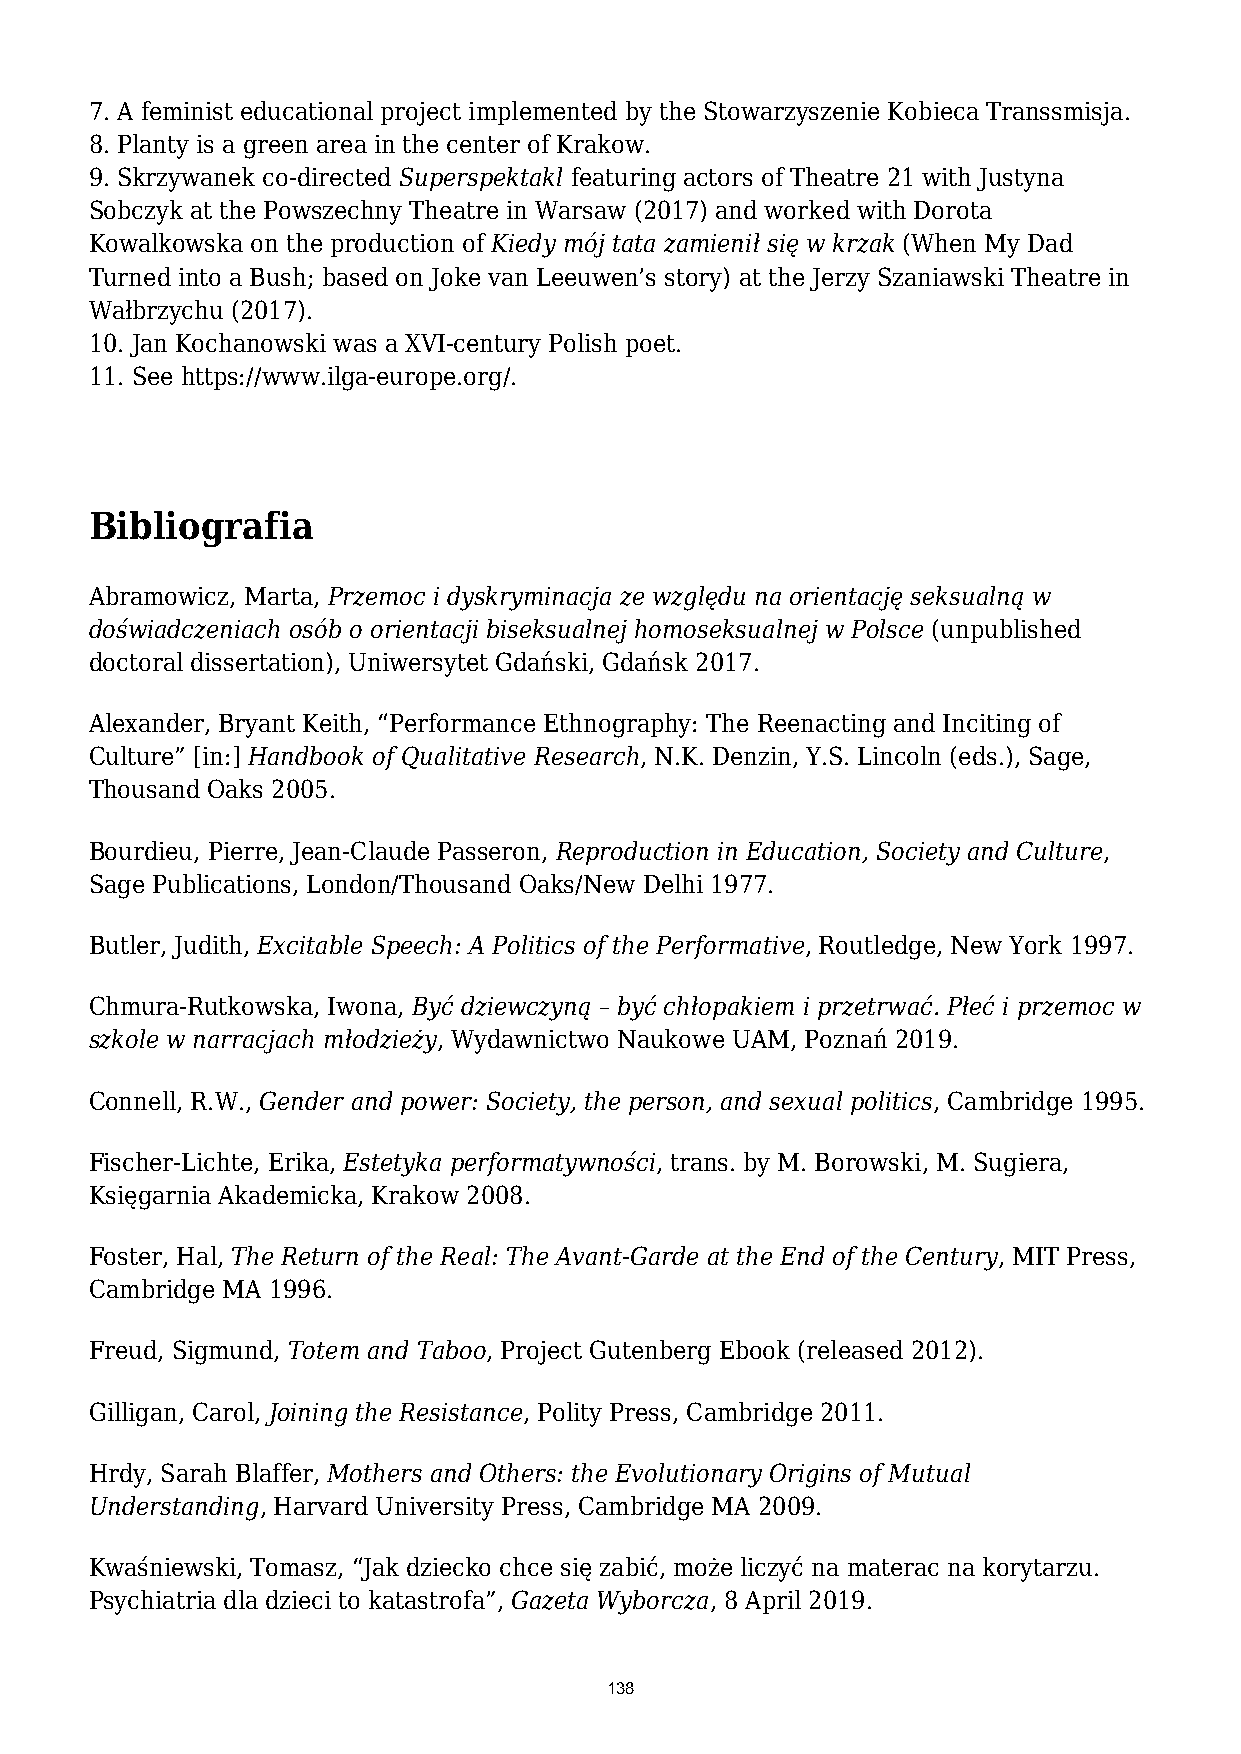
7. A feminist educational project implemented by the Stowarzyszenie Kobieca Transsmisja.
 8. Planty is a green area in the center of Krakow.
 9. Skrzywanek co-directed Superspektakl featuring actors of Theatre 21 with Justyna
 Sobczyk at the Powszechny Theatre in Warsaw (2017) and worked with Dorota
 Kowalkowska on the production of Kiedy mój tata zamienił się w krzak (When My Dad
 Turned into a Bush; based on Joke van Leeuwen’s story) at the Jerzy Szaniawski Theatre in
 Wałbrzychu (2017).
 10. Jan Kochanowski was a XVI-century Polish poet.
 11. See https://www.ilga-europe.org/.
 Bibliografia
 Abramowicz, Marta, Przemoc i dyskryminacja ze względu na orientację seksualną w
 doświadczeniach osób o orientacji biseksualnej homoseksualnej w Polsce (unpublished
 doctoral dissertation), Uniwersytet Gdański, Gdańsk 2017.
 Alexander, Bryant Keith, “Performance Ethnography: The Reenacting and Inciting of
 Culture” [in:] Handbook of Qualitative Research, N.K. Denzin, Y.S. Lincoln (eds.), Sage,
 Thousand Oaks 2005.
 Bourdieu, Pierre, Jean-Claude Passeron, Reproduction in Education, Society and Culture,
 Sage Publications, London/Thousand Oaks/New Delhi 1977.
 Butler, Judith, Excitable Speech: A Politics of the Performative, Routledge, New York 1997.
 Chmura-Rutkowska, Iwona, Być dziewczyną – być chłopakiem i przetrwać. Płeć i przemoc w
 szkole w narracjach młodzieży, Wydawnictwo Naukowe UAM, Poznań 2019.
 Connell, R.W., Gender and power: Society, the person, and sexual politics, Cambridge 1995.
 Fischer-Lichte, Erika, Estetyka performatywności, trans. by M. Borowski, M. Sugiera,
 Księgarnia Akademicka, Krakow 2008.
 Foster, Hal, The Return of the Real: The Avant-Garde at the End of the Century, MIT Press,
 Cambridge MA 1996.
 Freud, Sigmund, Totem and Taboo, Project Gutenberg Ebook (released 2012).
 Gilligan, Carol, Joining the Resistance, Polity Press, Cambridge 2011.
 Hrdy, Sarah Blaffer, Mothers and Others: the Evolutionary Origins of Mutual
 Understanding, Harvard University Press, Cambridge MA 2009.
 Kwaśniewski, Tomasz, “Jak dziecko chce się zabić, może liczyć na materac na korytarzu.
 Psychiatria dla dzieci to katastrofa”, Gazeta Wyborcza, 8 April 2019.
 138